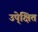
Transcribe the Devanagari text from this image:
उपे्क्षित